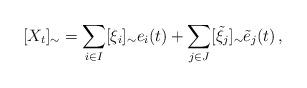
LaTeX: \begin{align*} [X_t]_\sim = \sum_{i\in I} [\xi_i]_\sim e_i(t) + \sum_{j\in J} [\tilde\xi_j]_\sim \tilde e_j(t) \, , \end{align*}